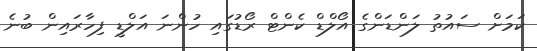
ކަމަށް ސައުތު ލަންޑަންގެ އޯލްޑް ކެންޓް ރޯޑުގައި ހުންނަ އަލްޑީ ފިހާރައިން ބުނެ